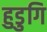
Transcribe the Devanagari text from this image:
हुडुगि